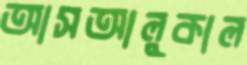
আসআলুকাল